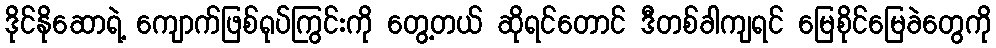
ဒိုင်နိုဆောရဲ့ ကျောက်ဖြစ်ရုပ်ကြွင်းကို တွေ့တယ် ဆိုရင်တောင် ဒီတစ်ခါကျရင် မြေစိုင်မြေခဲတွေကို